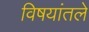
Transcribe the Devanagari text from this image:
विषयांतले